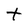
Character: t